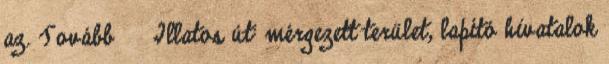
az. Tovább › ›Illatos út: mérgezett terület, lapító hivatalok